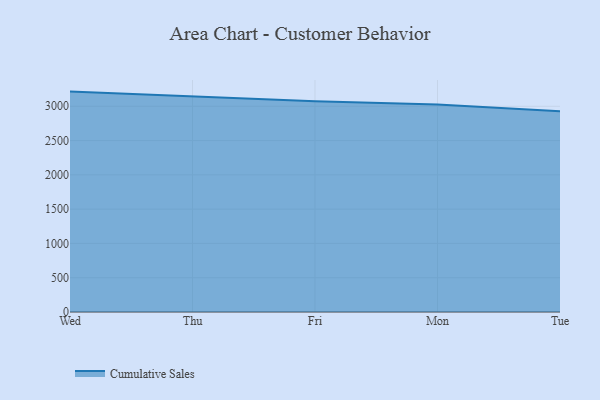
{"axis": {"x": "Day", "y": "Energy Usage (MWh)"}, "legend": ["Cumulative Sales"], "data": [{"x": "Wed", "y": 3213.7, "type": "Cumulative Sales"}, {"x": "Thu", "y": 3146.7, "type": "Cumulative Sales"}, {"x": "Fri", "y": 3072.0, "type": "Cumulative Sales"}, {"x": "Mon", "y": 3025.3, "type": "Cumulative Sales"}, {"x": "Tue", "y": 2927.4, "type": "Cumulative Sales"}]}